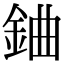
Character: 𨦈